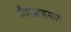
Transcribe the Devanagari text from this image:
मैगसायसाय